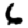
Digit: 6